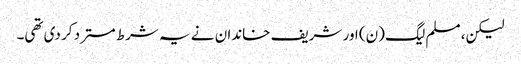
لیکن، مسلم لیگ (ن) اور شریف خاندان نے یہ شرط مسترد کر دی تھی۔